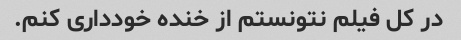
در کل فیلم نتونستم از خنده خودداری کنم.